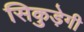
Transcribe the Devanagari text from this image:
सिकुड़ेगी